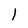
Character: 1